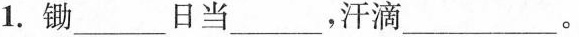
1.锄___日当___，汗滴___。